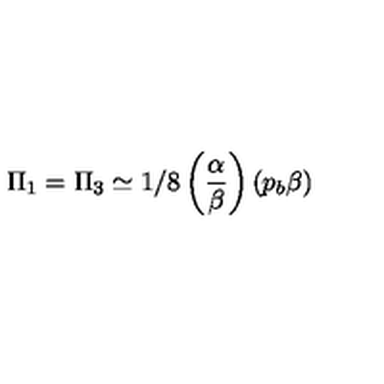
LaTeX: \Pi _ { 1 } = \Pi _ { 3 } \simeq 1 / 8 \left( \frac { \alpha } { \beta } \right) \left( p _ { b } \beta \right)